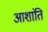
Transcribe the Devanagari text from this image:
आशांति